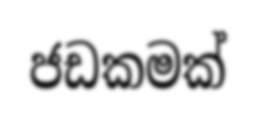
ජඩකමක්